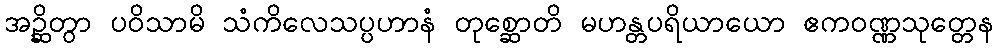
အဉ္ဆိတွာ ပဝိသာမိ သံကိလေသပ္ပဟာနံ တုစ္ဆောတိ မဟန္တပရိယာယော ဧကဝဏ္ဏသုတ္တေန